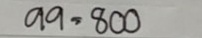
99 = 800